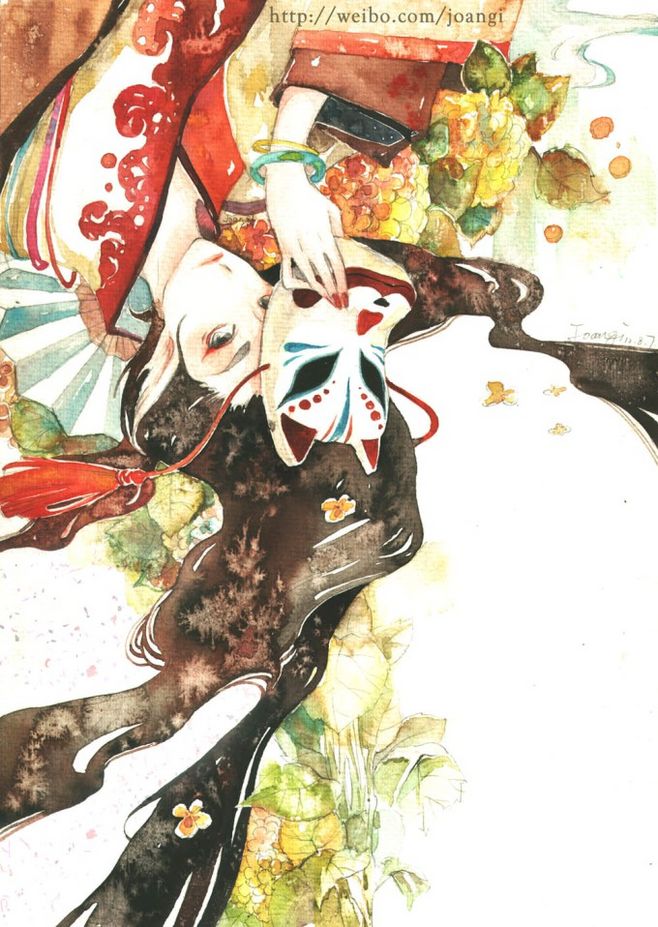
午窗睡起莺声巧，何处唤春愁？